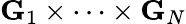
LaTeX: \mathbf{G}_{1}\times\cdots\times\mathbf{G}_{N}